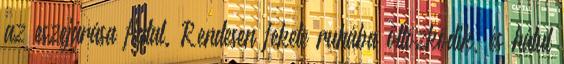
az eszejárása fiatal. Rendesen fekete ruhába öltözködik, és hátul